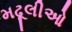
મઢૂલીઓ